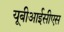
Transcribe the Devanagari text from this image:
यूबीआईसीएस